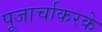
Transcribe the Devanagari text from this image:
पूजार्चाकरके